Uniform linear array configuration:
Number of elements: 12
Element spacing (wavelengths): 1
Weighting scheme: hamming
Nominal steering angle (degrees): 30
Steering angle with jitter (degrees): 29.068
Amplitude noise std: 0.05
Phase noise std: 0.05

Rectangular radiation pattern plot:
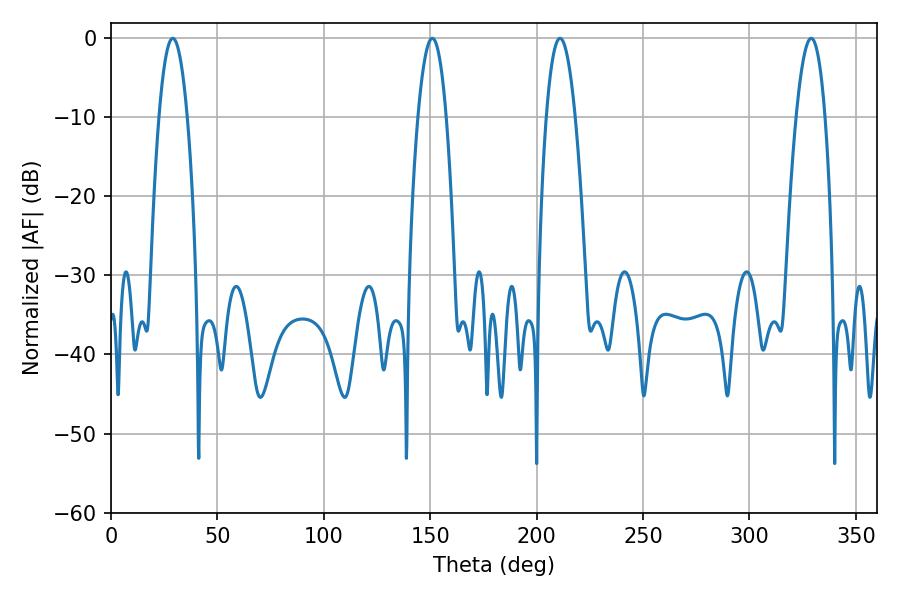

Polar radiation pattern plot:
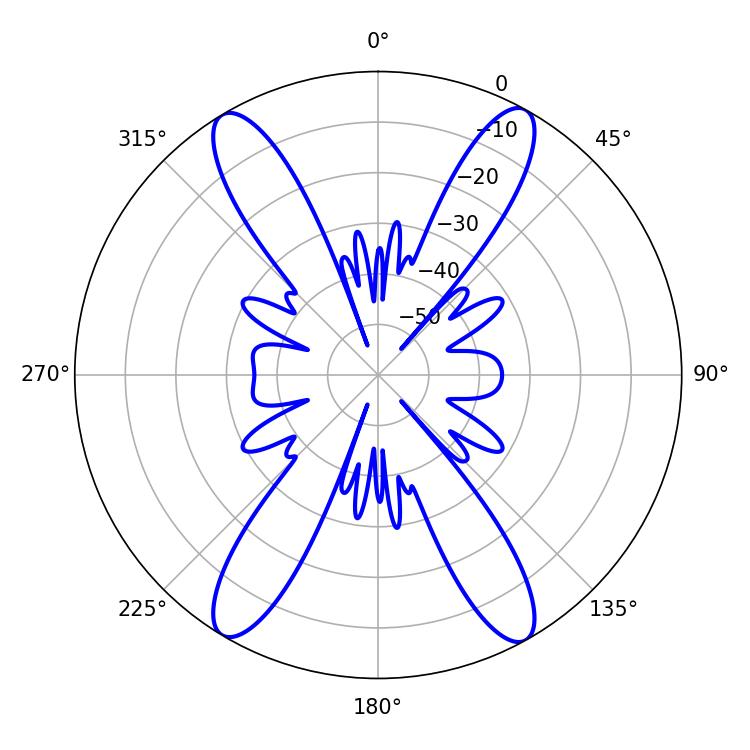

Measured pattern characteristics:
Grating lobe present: TRUE
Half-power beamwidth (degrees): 7.38
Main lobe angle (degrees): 210.96